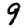
Digit: 9